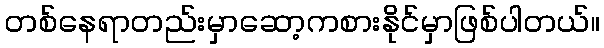
တစ်နေရာတည်းမှာဆော့ကစားနိုင်မှာဖြစ်ပါတယ်။